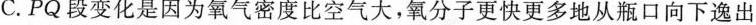
C.PQ段变化是因为氧气密度比空气大，氧分子更快更多地从瓶口向下逸出